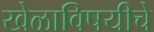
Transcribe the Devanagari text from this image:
खेळाविषयीचे